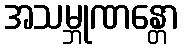
အသမ္ဘုဏန္တော